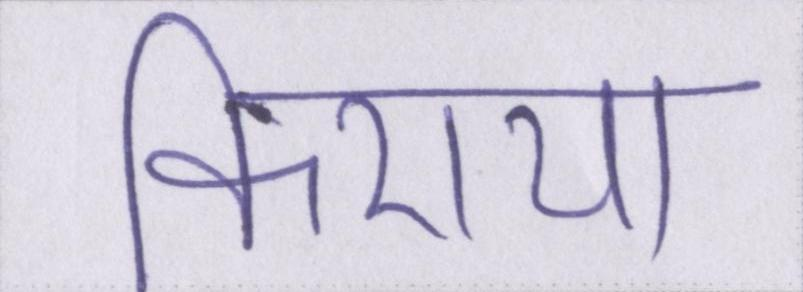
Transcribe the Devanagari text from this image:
किराया